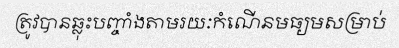
ត្រូវបានឆ្លុះបញ្ចាំងតាមរយៈកំណើនមធ្យមសម្រាប់